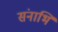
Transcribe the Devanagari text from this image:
संनाभि